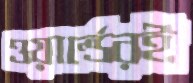
ওয়ার্ল্ডেরই